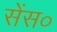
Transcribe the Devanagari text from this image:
सेंस०